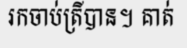
រកចាប់ត្រីបាន។ គាត់